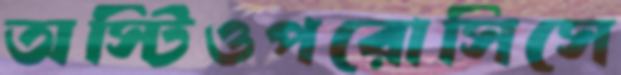
অস্টিওপরোসিসে